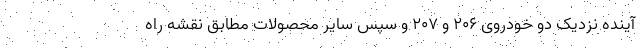
آینده نزدیک دو خودروی ۲۰۶ و ۲۰۷ و سپس سایر محصولات مطابق نقشه راه